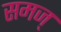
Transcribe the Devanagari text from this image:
समज्